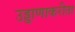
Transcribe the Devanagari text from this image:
उड्डाणाकरीता